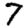
Digit: 7